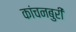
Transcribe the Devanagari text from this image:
कांचनबुरी